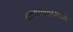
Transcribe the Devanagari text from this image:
सत्याग्रहामध्ये